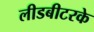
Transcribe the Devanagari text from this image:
लीडबीटरके